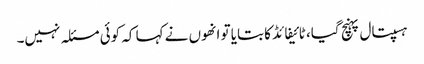
ہسپتال پہنچ گیا، ٹائیفائڈ کا بتایا تو انھوں نے کہا کہ کوئی مسئلہ نہیں۔